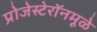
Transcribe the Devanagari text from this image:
प्रोजेस्टेरॉनमूळे